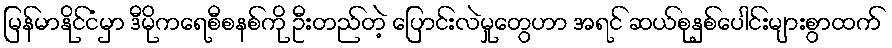
မြန်မာနိုင်ငံမှာ ဒီမိုကရေစီစနစ်ကို ဦးတည်တဲ့ ပြောင်းလဲမှုတွေဟာ အရင် ဆယ်စုနှစ်ပေါင်းများစွာထက်